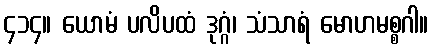
၄၁၄။ ယောမံ ပလိပထံ ဒုဂ္ဂံ၊ သံသာရံ မောဟမစ္စဂါ။